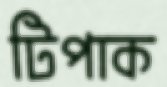
টিপাক